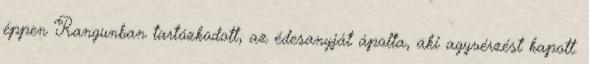
éppen Rangunban tartózkodott, az édesanyját ápolta, aki agyvérzést kapott.